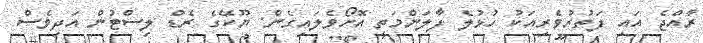
ރާއްޖެ އައި ފަތުރުވެރިއަކު ހުޅުލެ ފާލަންމަތީ އޮށޯވެލައިގެން: ޔޫކޭގެ ރެޑް ލިސްޓުން އަދިވެސް